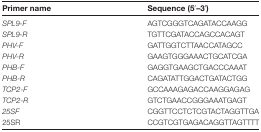
<table><thead><tr><td><b>Primer name</b></td><td><b>Sequence (5′–3′)</b></td></tr></thead><tbody><tr><td><i>SPL9-F</i></td><td>AGTCGGGTCAGATACCAAGG</td></tr><tr><td><i>SPL9-R</i></td><td>TGTTCGATACCAGCCACAGT</td></tr><tr><td><i>PHV-F</i></td><td>GATTGGTCTTAACCATAGCC</td></tr><tr><td><i>PHV-R</i></td><td>GAAGTGGGAAACTGCATCGA</td></tr><tr><td><i>PHB-F</i></td><td>GAGGTGAAGCTGACCCAAAT</td></tr><tr><td><i>PHB-R</i></td><td>CAGATATTGGACTGATACTGG</td></tr><tr><td><i>TCP2-F</i></td><td>GCCAAAGAGACCAAGGAGAG</td></tr><tr><td><i>TCP2-R</i></td><td>GTCTGAACCGGGAAATGAGT</td></tr><tr><td><i>25SF</i></td><td>CGGTTCCTCTCGTACTAGGTTGA</td></tr><tr><td>25SR</td><td>CCGTCGTGAGACAGGTTAGTTTT</td></tr></tbody></table>